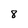
Character: 8